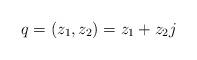
LaTeX: \begin{align*} q=(z_1,z_2)=z_1+z_2 j \end{align*}